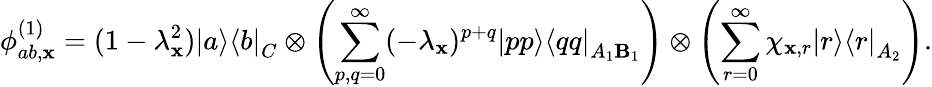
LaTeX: \phi_{ab,\mathbf{x}}^{(1)}=(1-\lambda_{\mathbf{x}}^{2})\left|a\middle>\middle<b\right|_{C}\otimes\left(\sum_{p,q=0}^{\infty}(-\lambda_{\mathbf{x}})^{p+q}\left|pp\middle>\middle<qq\right|_{A_{1}\mathbf{B}_{1}}\right)\otimes\left(\sum_{r=0}^{\infty}\chi_{\mathbf{x},r}\left|r\middle>\middle<r\right|_{A_{2}}\right).